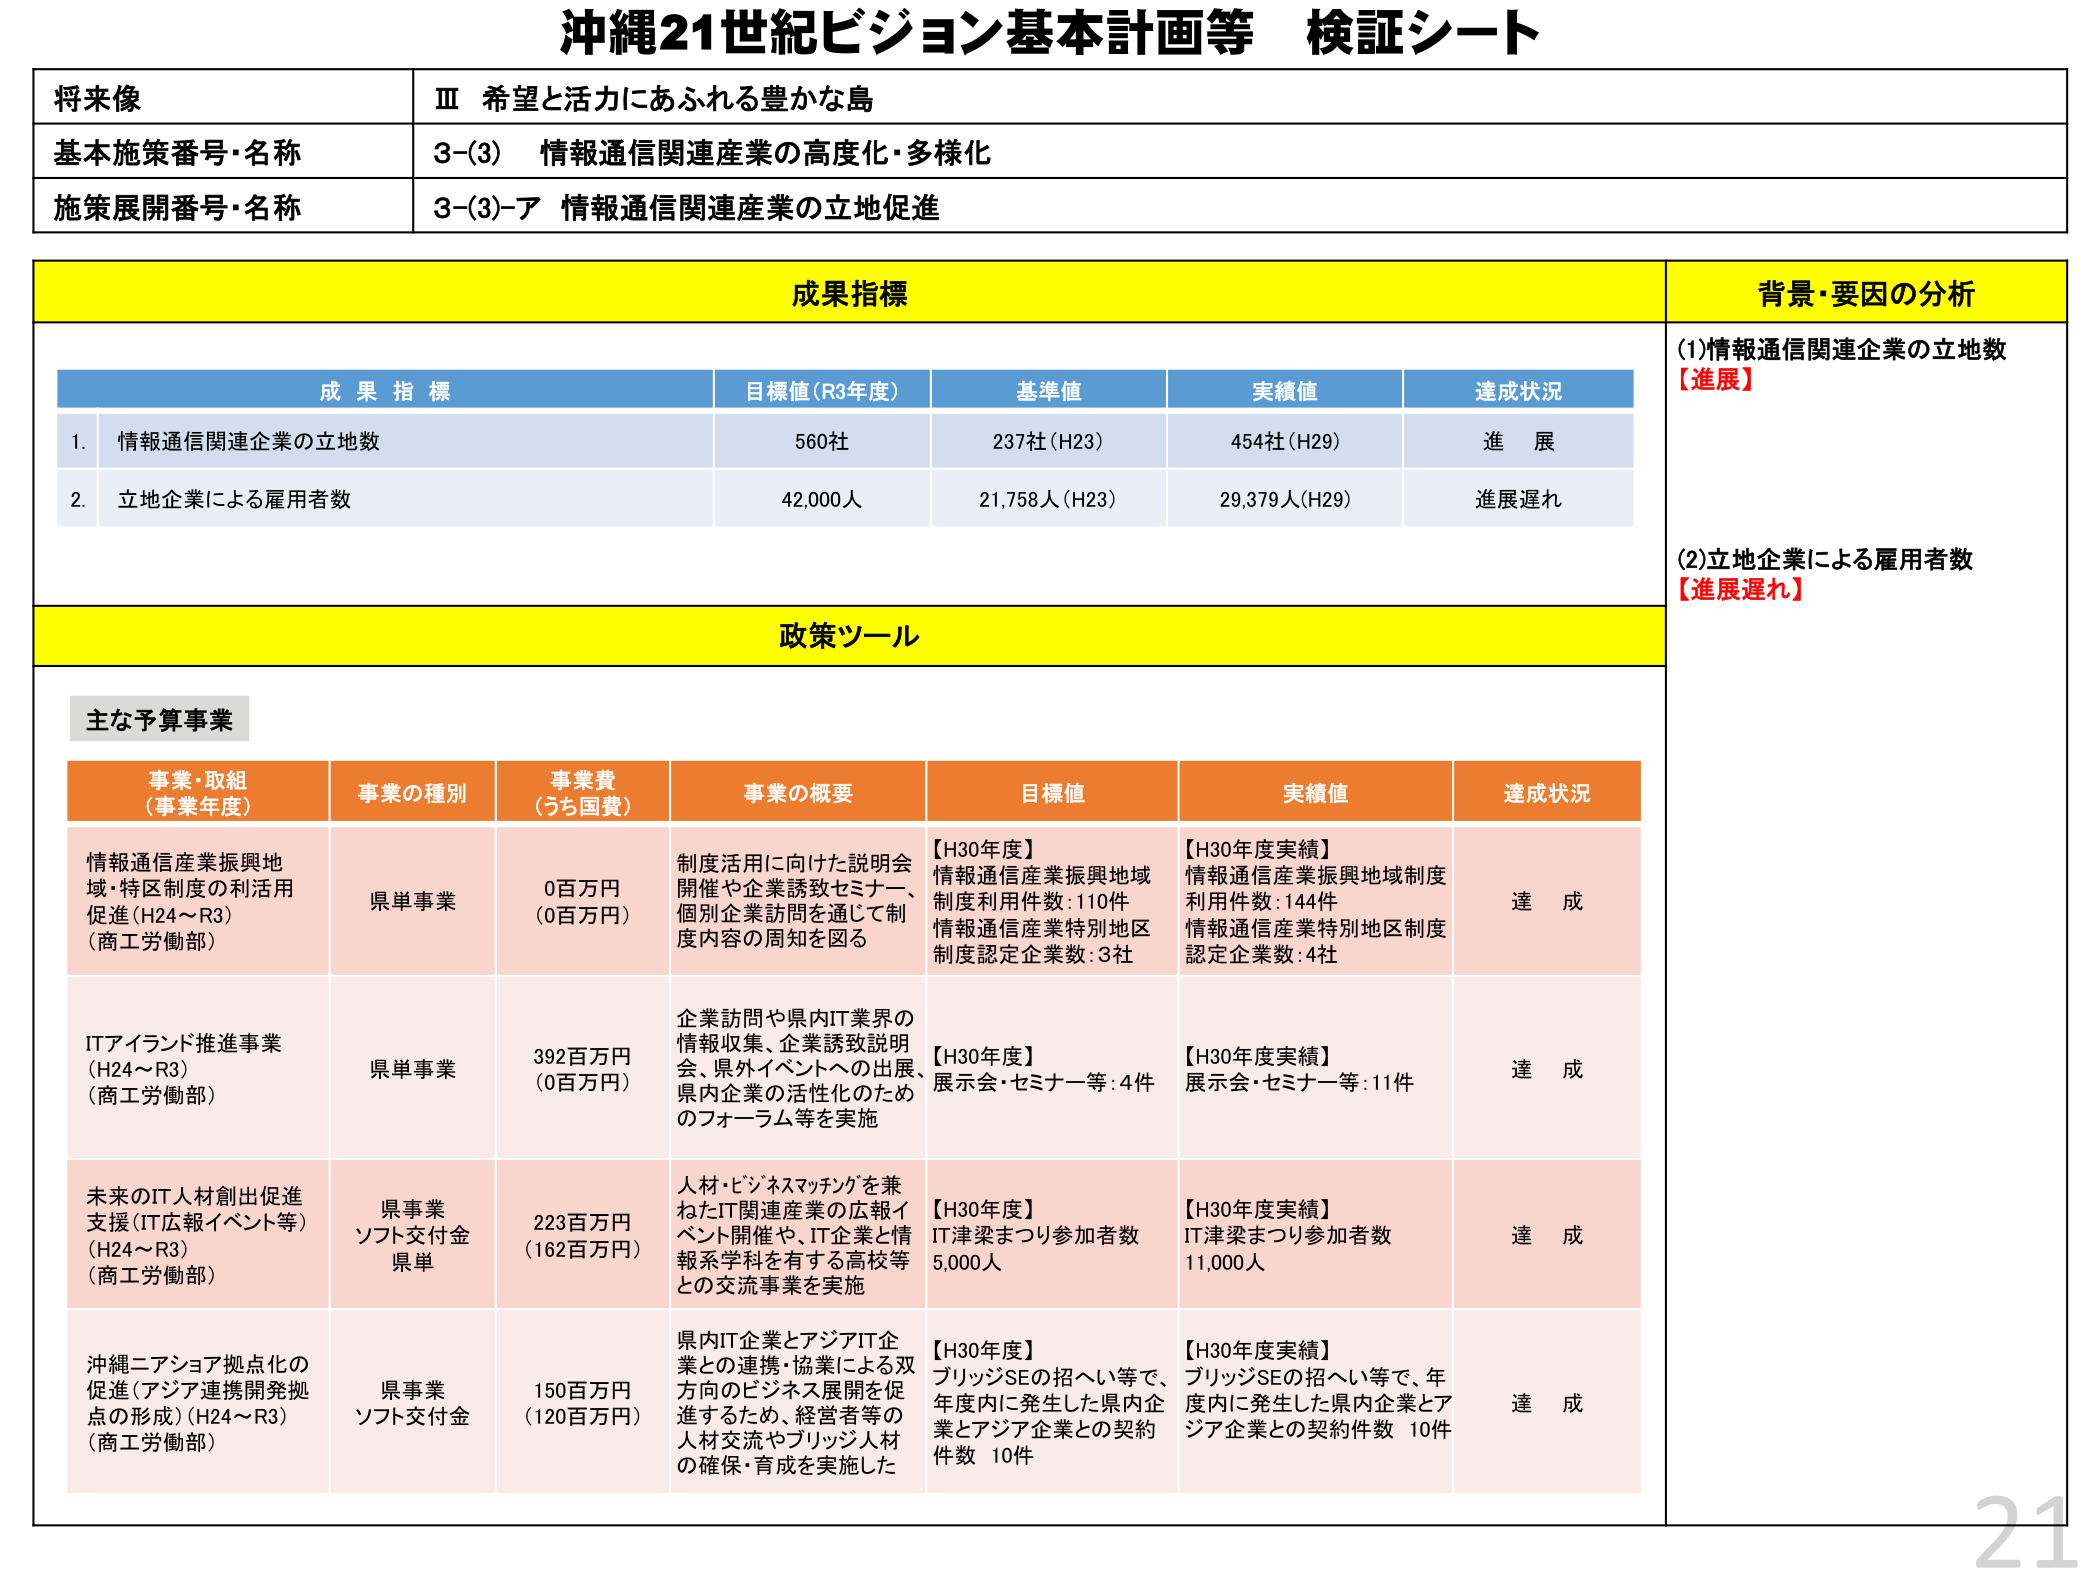
沖縄21世紀ビジョン基本計画等 検証シート

将来像
Ⅲ 希望と活力にあふれる豊かな島

基本施策番号・名称
3-(3) 情報通信関連産業の高度化・多様化

施策展開番号・名称
3-(3)-ア 情報通信関連産業の立地促進

成果指標
背景・要因の分析

成果指標
目標値(R3年度)
基準値
実績値
達成状況

1. 情報通信関連企業の立地数
560社
237社(H23)
454社(H29)
進 展

2. 立地企業による雇用者数
42,000人
21,758人(H23)
29,379人(H29)
進展遅れ

(1)情報通信関連企業の立地数
【進展】

(2)立地企業による雇用者数
【進展遅れ】

政策ツール

主な予算事業

事業・取組
(事業年度)
事業の種別
事業費
(うち国費)
事業の概要
目標値
実績値
達成状況

情報通信産業振興地域・特区制度の利活用促進(H24～R3)
(商工労働部)
県単事業
0百万円
(0百万円)
制度活用に向けた説明会開催や企業誘致セミナー、個別企業訪問を通じて制度内容の周知を図る
【H30年度】
情報通信産業振興地域制度利用件数:110件
情報通信産業特別地区制度認定企業数:3社
【H30年度実績】
情報通信産業振興地域制度利用件数:144件
情報通信産業特別地区制度認定企業数:4社
達 成

ITアイランド推進事業
(H24～R3)
(商工労働部)
県単事業
392百万円
(0百万円)
企業訪問や県内IT業界の情報収集、企業誘致説明会、県外イベントへの出展、県内企業の活性化のためのフォーラム等を実施
【H30年度】
展示会・セミナー等:4件
【H30年度実績】
展示会・セミナー等:11件
達 成

未来のIT人材創出促進支援(IT広報イベント等)
(H24～R3)
(商工労働部)
県事業
ソフト交付金
県単
223百万円
(162百万円)
人材・ビジネスマッチングを兼ねたIT関連産業の広報イベント開催や、IT企業と情報系学科を有する高校等との交流事業を実施
【H30年度】
IT津梁まつり参加者数 5,000人
【H30年度実績】
IT津梁まつり参加者数 11,000人
達 成

沖縄二アショア拠点化の促進(アジア連携開発拠点の形成)(H24～R3)
(商工労働部)
県事業
ソフト交付金
150百万円
(120百万円)
県内IT企業とアジアIT企業との連携・協業による双方向のビジネス展開を促進するために、経営者等の人材交流やブリッジ人材の確保・育成を実施した
【H30年度】
ブリッジSEの招へい等で、年度内に発生した県内企業とアジア企業との契約件数 10件
【H30年度実績】
ブリッジSEの招へい等で、年度内に発生した県内企業とアジア企業との契約件数 10件
達 成

21